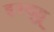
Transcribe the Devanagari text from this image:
इस्द्हू